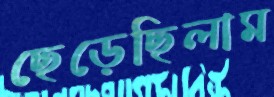
ছেড়েছিলাম